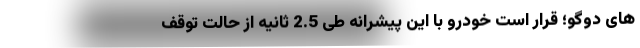
های دوگو؛ قرار است خودرو با این پیشرانه طی 2.5 ثانیه از حالت توقف